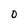
Character: O